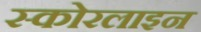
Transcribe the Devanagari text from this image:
स्कोरलाइन